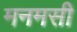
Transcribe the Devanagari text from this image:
मनमसी